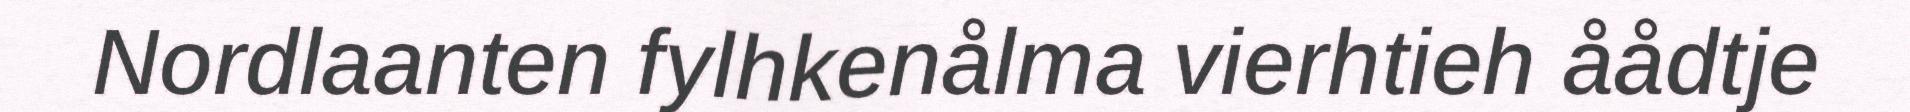
Nordlaanten fylhkenålma vierhtieh åådtje